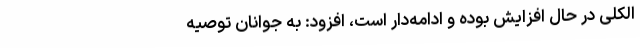
الکلی در حال افزایش بوده و ادامه‌دار است، افزود: به جوانان توصیه